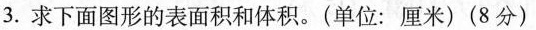
3. 求下面图形的表面积和体积。(单位：厘米)(8分)